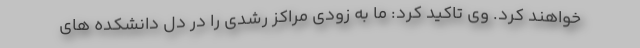
خواهند کرد. وی تاکید کرد: ما به زودی مراکز رشدی را در دل دانشکده های